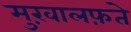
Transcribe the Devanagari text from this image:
मुख़ालफ़ते